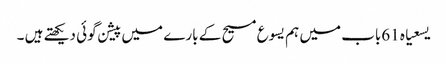
یسعیاہ 61باب میں ہم یسوع مسیح کے بارے میں پیشن گوئی دیکھتے ہیں ۔